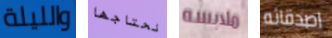
والليلة نحتاجها ملابسه اصدقائه